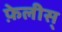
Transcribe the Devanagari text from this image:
फ़ेलीस्